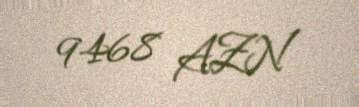
9468 AZN